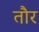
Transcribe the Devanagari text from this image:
तौर